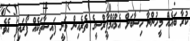
ކުރާ ބައެއް މީހުންނާ ހިސާބަށް އެމްއެމްޕީާރްސީގެ ތެރެއިން ވަނީ ފައިސާތަކެއް ފޯރައިފަ އެވެ.